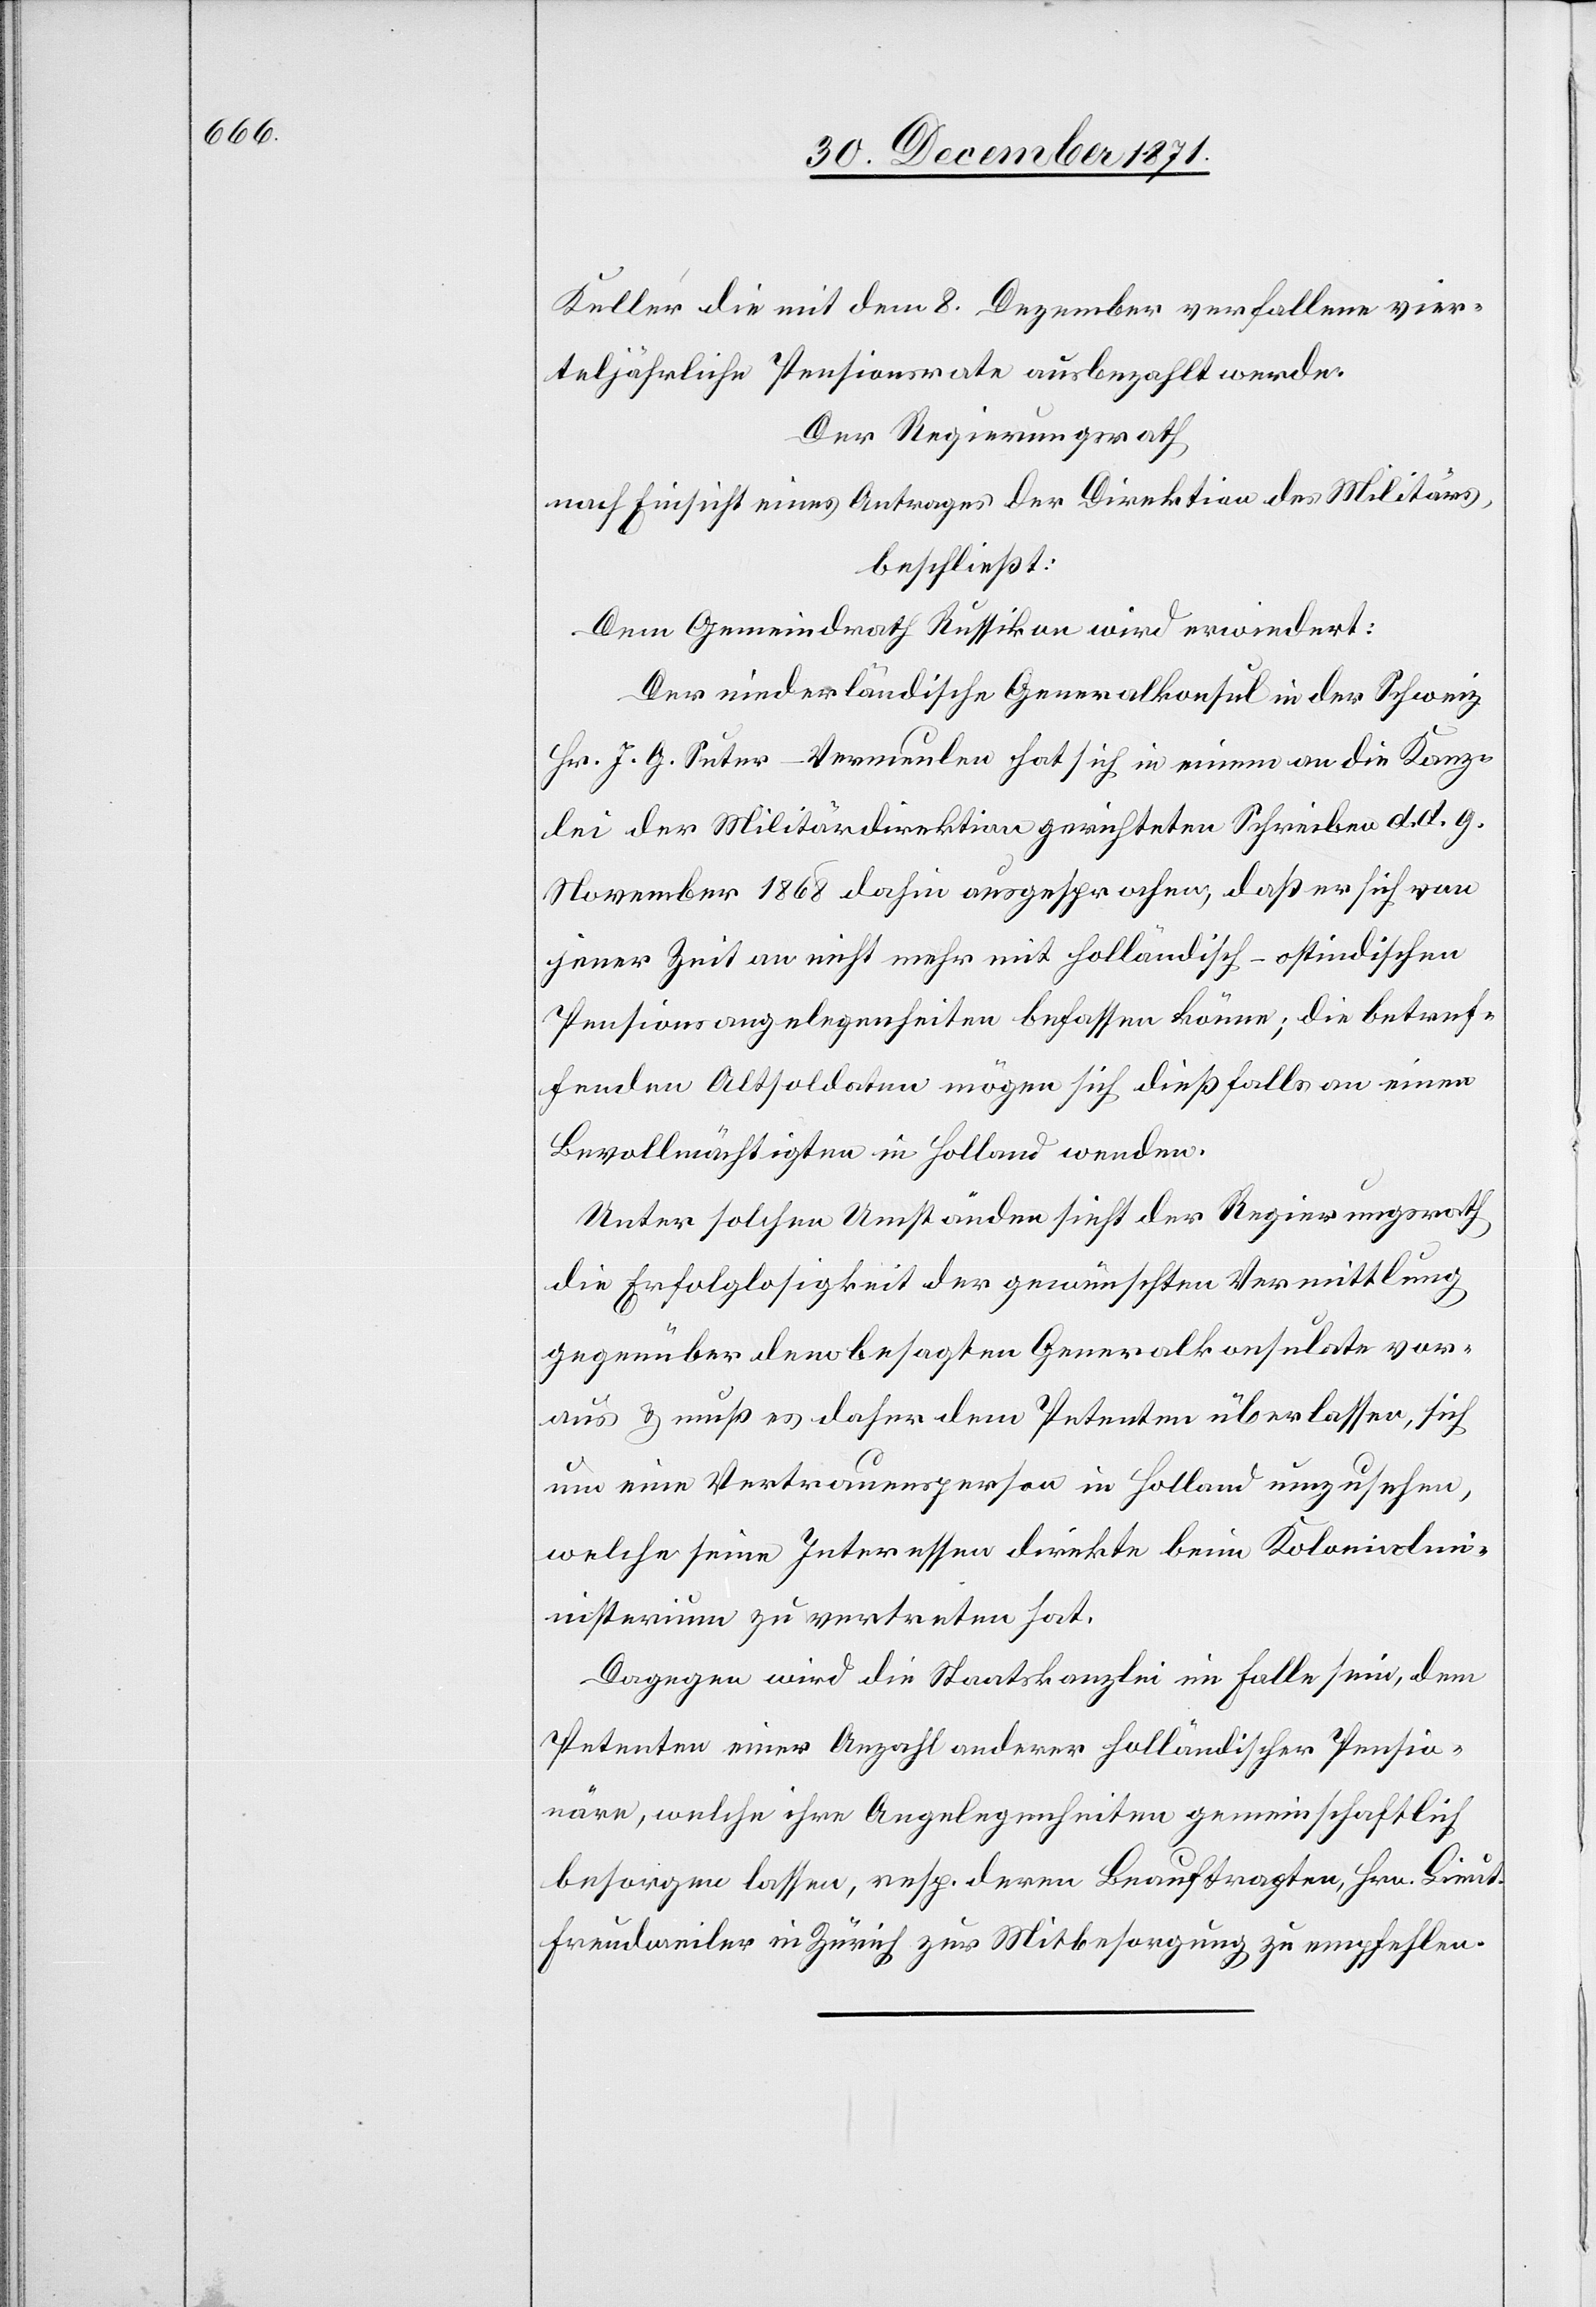
Keller die mit dem 8. Dezember verfallene vier¬
teljährliche Pensionsrate ausbezahlt werde.
Der Regierungsrath
nach Einsicht eines Antrages der Direktion des Militärs,
beschließt:
Dem Gemeindrath Russikon wird erwiedert:
Der niederländische Generalkonsul in der Schweiz
Hr. J. G. Suter-Vermeulen hat sich in einem an die Kanz¬
lei der Militärdirektion gerichteten Schreiben d. d. 9.
November 1868 dahin ausgesprochen, daß er sich von
jener Zeit an nicht mehr mit holländisch-ostindischen
Pensionsangelegenheiten befassen könne; die betref¬
fenden Altsoldaten mögen sich dießfalls an einen
Bevollmächtigten in Holland wenden.
Unter solchen Umständen sieht der Regierungsrath
die Erfolglosigkeit der gewünschten Vermittlung
gegenüber dem besagten Generalkonsulate vor¬
aus & muß es daher dem Petenten überlassen, sich
um eine Vertrauensperson in Holland umzusehen,
welche seine Interessen direkte beim Kolonialmi¬
nisterium zu vertreten hat.
Dagegen wird die Staatskanzlei im Falle sein, dem
Petenten einer [sic!] Anzahl anderer holländischer Pensio¬
näre, welche ihre Angelegenheiten gemeinschaftlich
besorgen lassen, resp. deren Beauftragten, Hrn. Lieut.
Freudweiler in Zürich zur Mitbesorgung zu empfehlen.